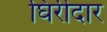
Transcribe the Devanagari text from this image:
घिर्रीदार